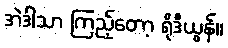
အဲဒါသာ ကြည့်တော့ ရိုဒီယွန်။